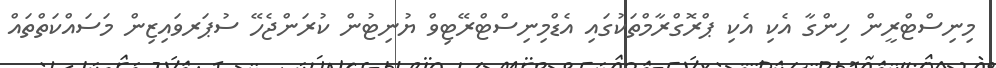
މިނިސްޓްރީން ހިންގާ އެކި އެކި ޕްރޮގްރާމްތަކުގައި އެޑްމިނިސްޓްރޭޓިވް ޔުނިޓުން ކުރަންޖެހޭ ސުޕަރވައިޒިން މަސައްކަތްތައް